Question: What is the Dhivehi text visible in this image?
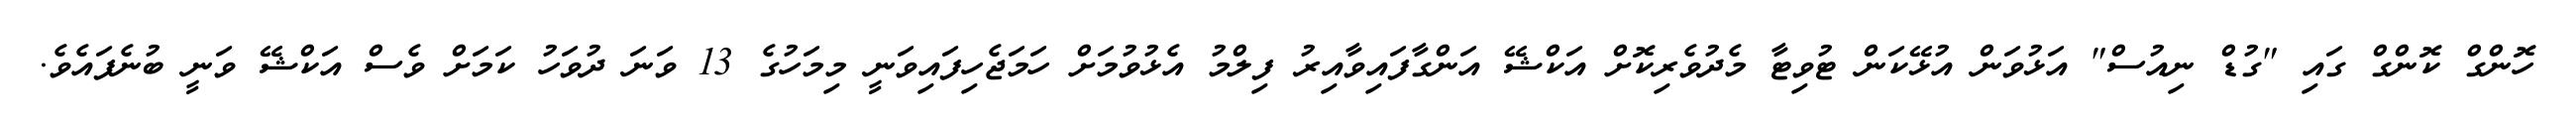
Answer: ހޮންގް ކޮންގް ގައި "ގުޑް ނިއުސް" އަޅުވަން އުޅޭކަން ޓުވިޓާ މެދުވެރިކޮށް އަކްޝޭ އަންގާފައިވާއިރު ފިލްމު އެޅުވުމަށް ހަމަޖެހިފައިވަނީ މިމަހުގެ 13 ވަނަ ދުވަހު ކަމަށް ވެސް އަކްޝޭ ވަނީ ބުނެފައެވެ.